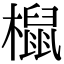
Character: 𣜌